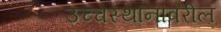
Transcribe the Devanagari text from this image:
उच्चस्थानावरील